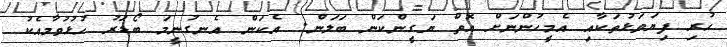
ހުރި ފިޔަވަޅުތަކާއި އެމީހުންނަށް އޮތް ޔަގީންކަން ބަލަން. އެކަން އެނގުނީމަ ބޯޑަރު ހުޅުވުމާއެކު